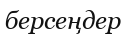
берсеңдер